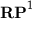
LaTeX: \mathbf { R P } ^ { 1 }